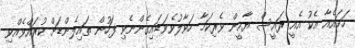
ހަމައެއާ އެކު އެއީ ރައީސް ޔާމީން ވެރިކަމާ ހަވާލުވެވަޑައިގެންނެވި ފަހުން ތައިލެންޑަށް ކުރައްވެއްވި